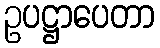
ဥပဋ္ဌာပေတာ